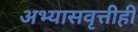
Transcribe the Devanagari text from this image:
अभ्यासवृत्तीही